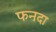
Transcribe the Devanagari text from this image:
फनदा